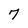
Character: 7